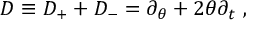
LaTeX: D \equiv D _ { + } + D _ { - } = \partial _ { \theta } + 2 \theta \partial _ { t } \ ,